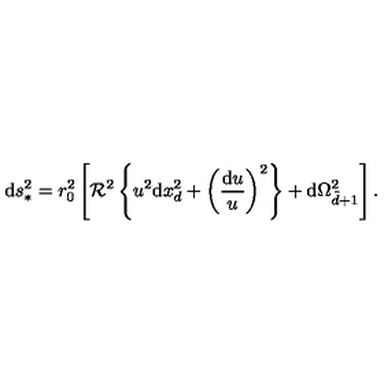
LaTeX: \mathrm { d } s _ { * } ^ { 2 } = r _ { 0 } ^ { 2 } \left[ \mathcal { R } ^ { 2 } \left\{ u ^ { 2 } \mathrm { d } x _ { d } ^ { 2 } + \left( { \frac { \mathrm { d } u } { u } } \right) ^ { 2 } \right\} + \mathrm { d } \Omega _ { \tilde { d } + 1 } ^ { 2 } \right] .